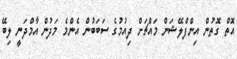
އޮތް ގޮތުން އިންފްލޭޝަން މައްޗަށް ދިއުމުގެ ސަބަބުން އެންމެ މަދުން އާމްދަނީ ލިބޭ